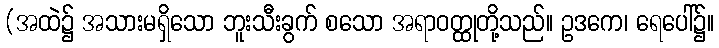
(အထဲ၌ အသားမရှိသော ဘူးသီးခွက် စသော အရာဝတ္ထုတို့သည်။ ဥဒကေ၊ ရေပေါ်၌။